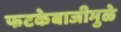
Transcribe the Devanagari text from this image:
फटकेबाजीमुळे